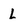
Character: L